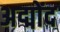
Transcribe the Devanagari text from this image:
अद्मोंद